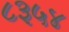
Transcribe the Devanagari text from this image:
८३५४